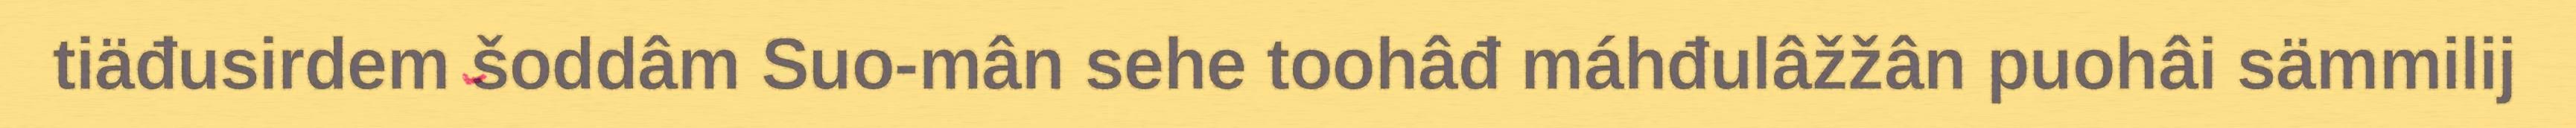
tiäđusirdem šoddâm Suo-mân sehe toohâđ máhđulâžžân puohâi sämmilij